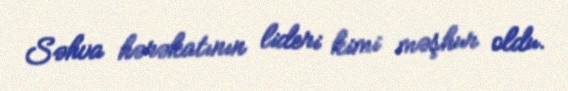
Səhva hərəkatının lideri kimi məşhur oldu.